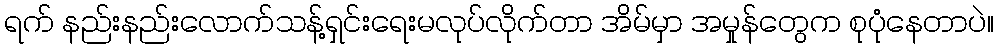
ရက် နည်းနည်းလောက်သန့်ရှင်းရေးမလုပ်လိုက်တာ အိမ်မှာ အမှုန်တွေက စုပုံနေတာပဲ။